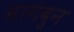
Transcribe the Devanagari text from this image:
मागवुन